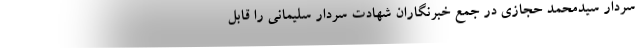
سردار سیدمحمد حجازی در جمع خبرنگاران شهادت سردار سلیمانی را قابل